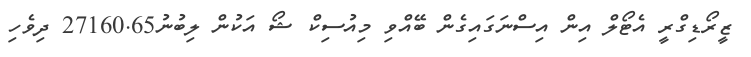
ޒީރޯޑިގްރީ އެޓޯލް އިން އިސްނަގައިގެން ބޭއްވި މިއުސިކް ޝޯ އަކުން ލިބުނު27160.65 ދިވެހި